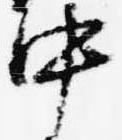
中